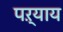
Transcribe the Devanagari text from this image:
पऱ्याय